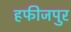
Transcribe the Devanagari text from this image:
हफीजपुर